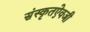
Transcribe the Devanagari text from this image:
संस्कृतऐवजी